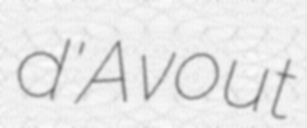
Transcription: d'Avout